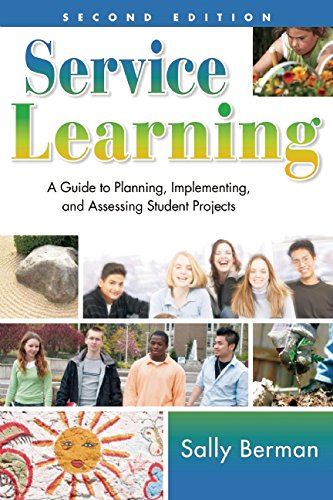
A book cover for Service Learning: A Guide to Planning, Implementing, and Assessing Student Projects; Sally Berman; Business & Money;